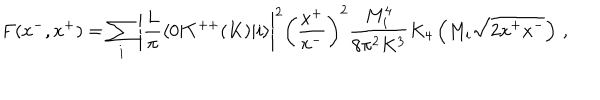
LaTeX: F ( x ^ { - } , x ^ { + } ) = \sum _ { i } \left| { \frac { L } { \pi } } \langle 0 | T ^ { + + } ( K ) | i \rangle \right| ^ { 2 } \left( { \frac { x ^ { + } } { x ^ { - } } } \right) ^ { 2 } { \frac { M _ { i } ^ { 4 } } { 8 \pi ^ { 2 } K ^ { 3 } } } K _ { 4 } \left( M _ { i } \sqrt { 2 x ^ { + } x ^ { - } } \right) \, ,